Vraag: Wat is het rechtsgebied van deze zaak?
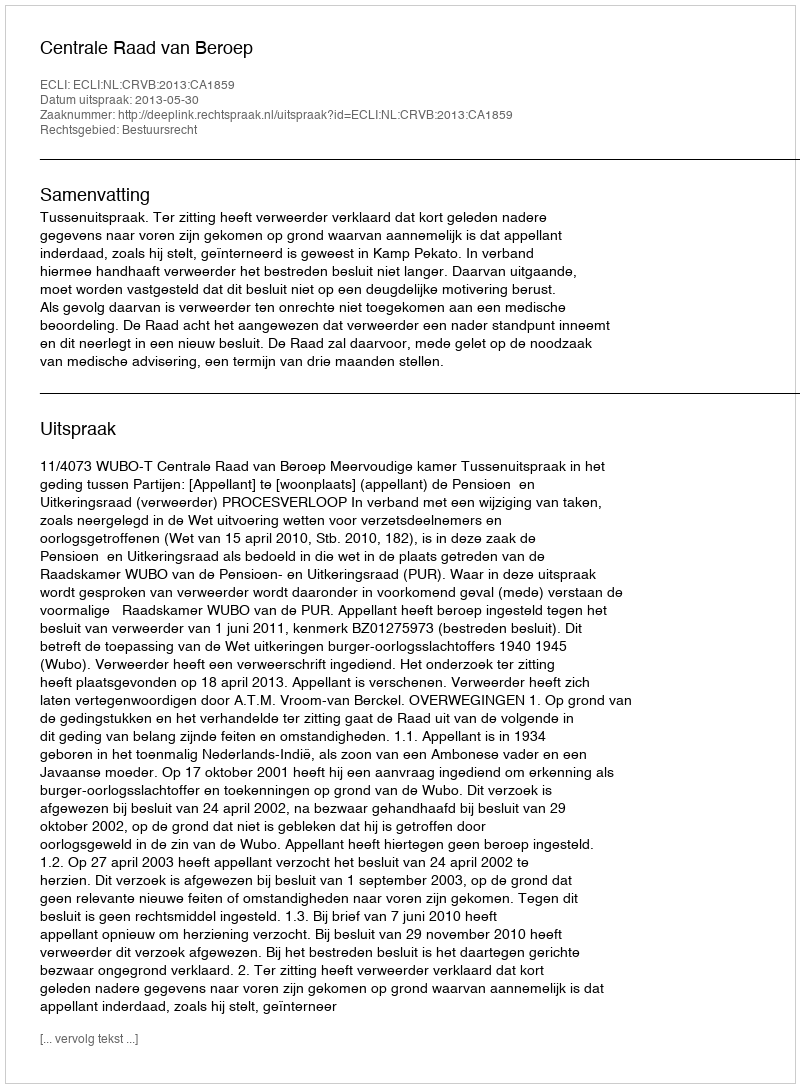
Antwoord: Bestuursrecht